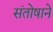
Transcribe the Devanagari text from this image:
संतोषाने